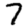
Digit: 7